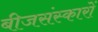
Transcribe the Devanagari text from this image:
बीजसंस्कारों